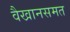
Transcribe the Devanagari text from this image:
वैखानसमत